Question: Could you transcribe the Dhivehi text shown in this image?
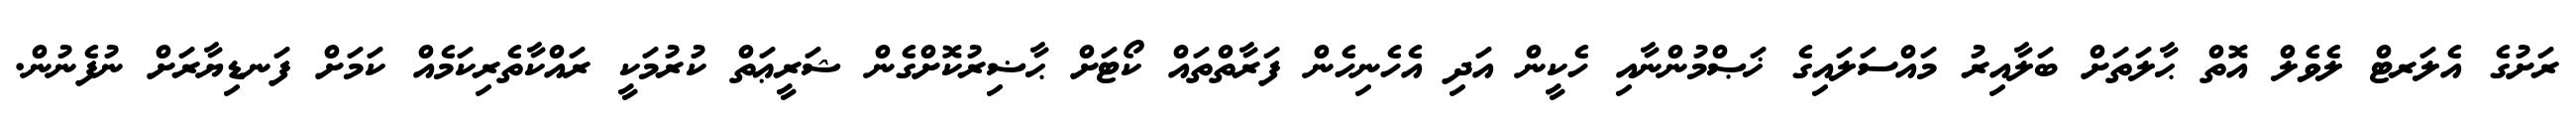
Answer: ރަށުގެ އެލަރޓް ލެވެލް އޮތް ޙާލަތަށް ބަލާއިރު މައްސަލައިގެ ޚަޞްމުންނާއި ހެކީން އަދި އެހެނިހެން ފަރާތްތައް ކޯޓަށް ޙާޟިރުކޮށްގެން ޝަރީޢަތް ކުރުމަކީ ރައްކާތެރިކަމެއް ކަމަށް ފަނޑިޔާރަށް ނުފެނުން.